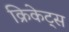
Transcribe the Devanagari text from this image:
क्रिकेट्स